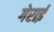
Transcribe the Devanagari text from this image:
गेराई